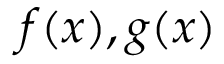
f ( x ) , g ( x )